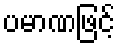
ပမာဏဖြင့်